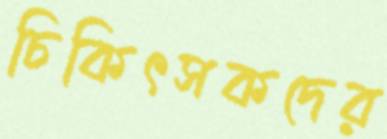
চিকিৎসকদের